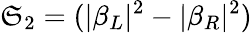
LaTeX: \mathfrak{S}_{2}=(|\beta_{L}|^{2}-|\beta_{R}|^{2})